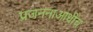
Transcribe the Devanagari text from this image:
प्रजननाआधीच